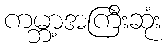
ကမ္ဘာ့အကြီးဆုံး